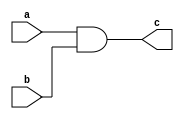
module and_gate(c,a,b);
output c;
input a,b;
wire x;
nand(x,a,b);
nand(c,x,x);
endmodule

module xor_gate(c,a,b);
output c;
input a,b;
wire w,x,y,z;
nand(w,a,a);
nand(x,b,b);
nand(z,b,w);
nand(y,x,a);
nand(c,y,z);
endmodule

module or_gate(c,a,b);
output c;
input a,b;
wire x,y;
nand(x,a,a);
nand(y,b,b);
nand(c,x,y);
endmodule

module halfadder(s,c,a,b);
output s,c;
input a,b;
and_gate and_gate1(c,a,b);
xor_gate xor_gate1(s,a,b);
endmodule

module fulladder(s,c,a,b,p);
output s,c;
input a,b,p;
wire x,y,z;
halfadder halfadder_1(x,y,a,b);
halfadder halfadder_2(s,z,x,p);
or_gate or_gate_1(c,y,z);
endmodule




module fulladder_stimulus;
wire s,c;
reg a,b,p;

integer i,j,t;
fulladder fulladder_stimulus1(s,c,a,b,p);
initial
begin
$monitor("s=%b c=%b a=%b b=%b p=%b",s,c,a,b,p);
for(i=0;i<=9;i=i+1)
for(j=0;j<=9;j=j+1)
for(t=0;t<=1;t=t+1)
begin
#10 a=i;
b=j;
p=t;
end
end
endmodule